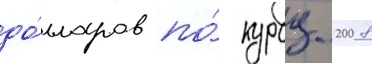
до́лларов по́ курсу 2008